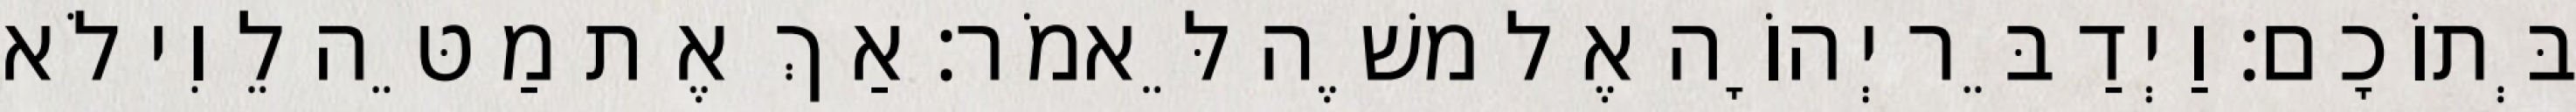
בְּתוֹכָם׃ וַיְדַבֵּר יְהוָֹה אֶל משֶׁה לֵּאמֹר׃ אַךְ אֶת מַטֵּה לֵוִי לֹא